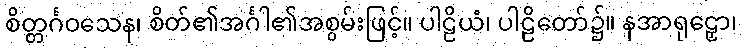
စိတ္တင်္ဂဝသေန၊ စိတ်၏အင်္ဂါ၏အစွမ်းဖြင့်။ ပါဠိယံ၊ ပါဠိတော်၌။ နအာရုဠှော၊